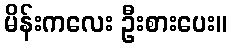
မိန်းကလေး ဦးစားပေး။